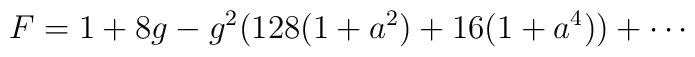
F = 1 + 8g -g^2 (128(1+a^2 )+16(1+a^4 ))+ \cdots